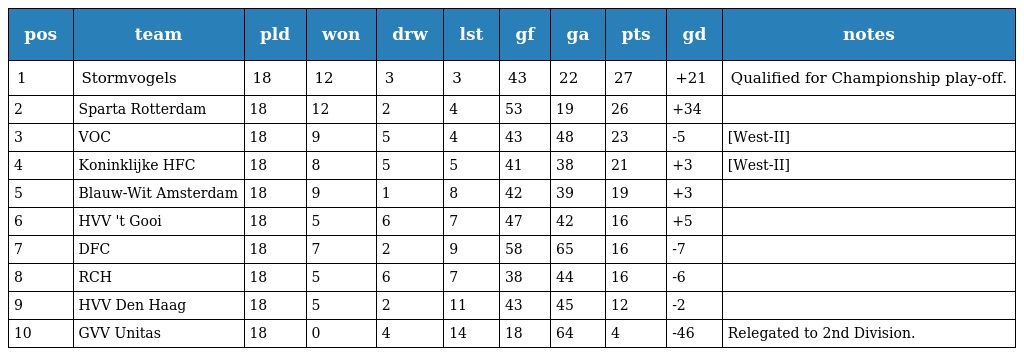
| pos | team | pld | won | drw | lst | gf | ga | pts | gd | notes |
 | --- | --- | --- | --- | --- | --- | --- | --- | --- | --- | --- |
 | 1 | Stormvogels | 18 | 12 | 3 | 3 | 43 | 22 | 27 | +21 | Qualified for Championship play-off. |
 | 2 | Sparta Rotterdam | 18 | 12 | 2 | 4 | 53 | 19 | 26 | +34 |  |
 | 3 | VOC | 18 | 9 | 5 | 4 | 43 | 48 | 23 | -5 | [West-II] |
 | 4 | Koninklijke HFC | 18 | 8 | 5 | 5 | 41 | 38 | 21 | +3 | [West-II] |
 | 5 | Blauw-Wit Amsterdam | 18 | 9 | 1 | 8 | 42 | 39 | 19 | +3 |  |
 | 6 | HVV 't Gooi | 18 | 5 | 6 | 7 | 47 | 42 | 16 | +5 |  |
 | 7 | DFC | 18 | 7 | 2 | 9 | 58 | 65 | 16 | -7 |  |
 | 8 | RCH | 18 | 5 | 6 | 7 | 38 | 44 | 16 | -6 |  |
 | 9 | HVV Den Haag | 18 | 5 | 2 | 11 | 43 | 45 | 12 | -2 |  |
 | 10 | GVV Unitas | 18 | 0 | 4 | 14 | 18 | 64 | 4 | -46 | Relegated to 2nd Division. |